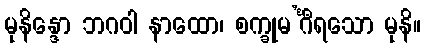
မုနိန္ဒော ဘဂဝါ နာထော၊ စက္ခုမ’င်္ဂီရသော မုနိ။